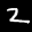
Label: 2